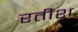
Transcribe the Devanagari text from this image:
रतीश